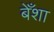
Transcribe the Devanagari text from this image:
बेँशा